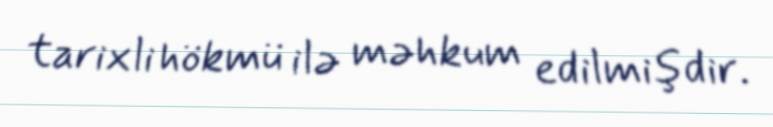
tarixli hökmü ilə məhkum edilmişdir.